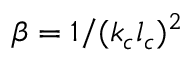
\beta = 1 / ( k _ { c } l _ { c } ) ^ { 2 }